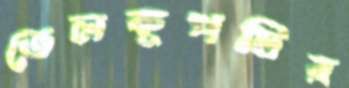
তেলকূপটির